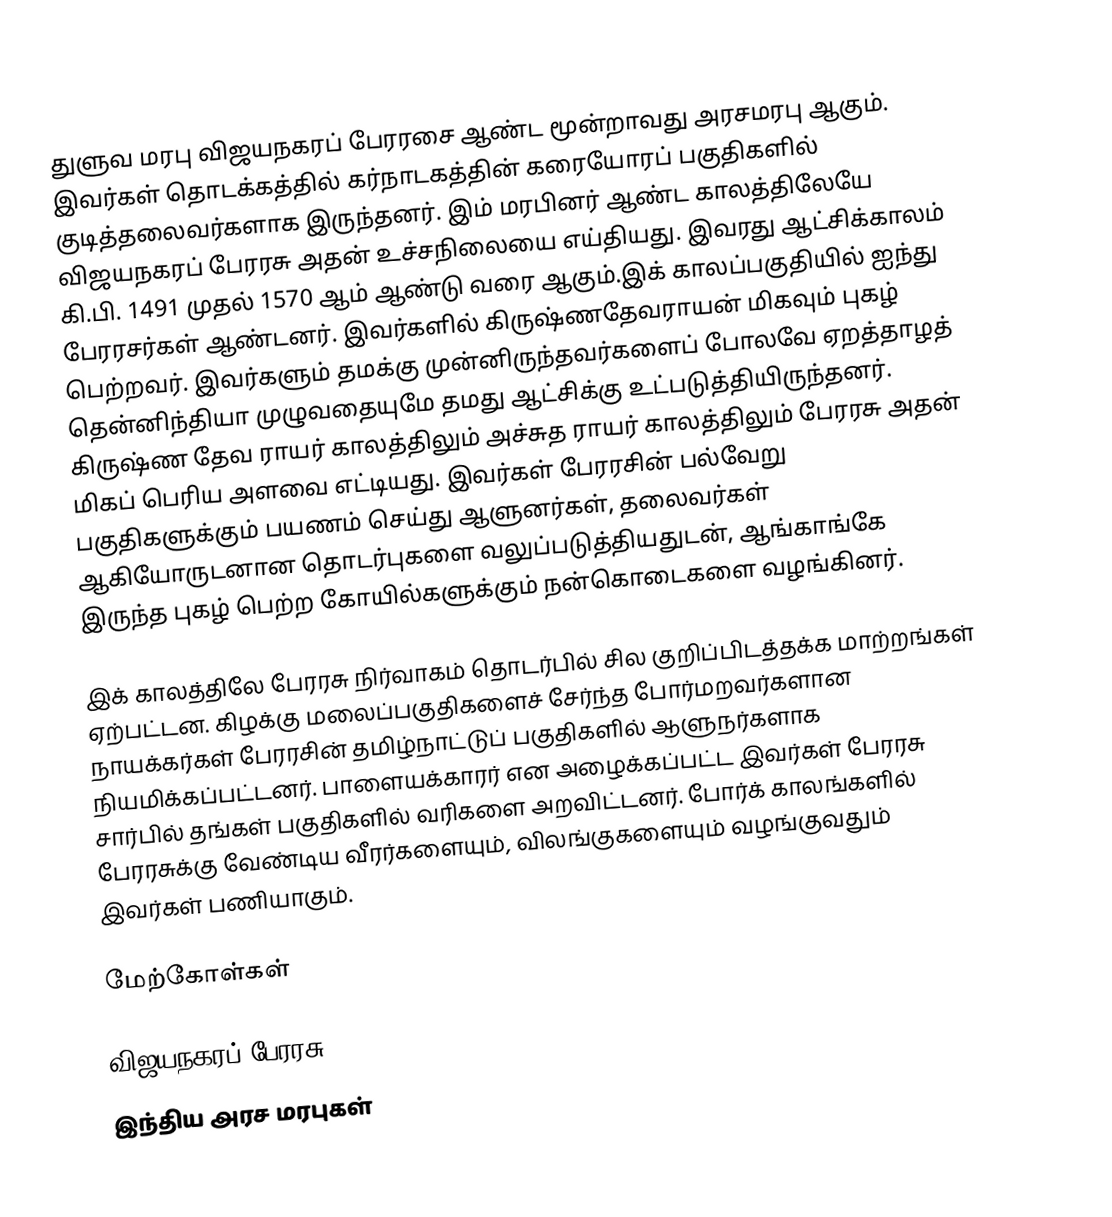
துளுவ மரபு விஜயநகரப் பேரரசை ஆண்ட மூன்றாவது அரசமரபு ஆகும். இவர்கள் தொடக்கத்தில் கர்நாடகத்தின் கரையோரப் பகுதிகளில் குடித்தலைவர்களாக இருந்தனர். இம் மரபினர் ஆண்ட காலத்திலேயே விஜயநகரப் பேரரசு அதன் உச்சநிலையை எய்தியது. இவரது ஆட்சிக்காலம் கி.பி. 1491 முதல் 1570 ஆம் ஆண்டு வரை ஆகும்.இக் காலப்பகுதியில் ஐந்து பேரரசர்கள் ஆண்டனர். இவர்களில் கிருஷ்ணதேவராயன் மிகவும் புகழ் பெற்றவர். இவர்களும் தமக்கு முன்னிருந்தவர்களைப் போலவே ஏறத்தாழத் தென்னிந்தியா முழுவதையுமே தமது ஆட்சிக்கு உட்படுத்தியிருந்தனர். கிருஷ்ண தேவ ராயர் காலத்திலும் அச்சுத ராயர் காலத்திலும் பேரரசு அதன் மிகப் பெரிய அளவை எட்டியது. இவர்கள் பேரரசின் பல்வேறு பகுதிகளுக்கும் பயணம் செய்து ஆளுனர்கள், தலைவர்கள் ஆகியோருடனான தொடர்புகளை வலுப்படுத்தியதுடன், ஆங்காங்கே இருந்த புகழ் பெற்ற கோயில்களுக்கும் நன்கொடைகளை வழங்கினர்.

இக் காலத்திலே பேரரசு நிர்வாகம் தொடர்பில் சில குறிப்பிடத்தக்க மாற்றங்கள் ஏற்பட்டன. கிழக்கு மலைப்பகுதிகளைச் சேர்ந்த போர்மறவர்களான நாயக்கர்கள் பேரரசின் தமிழ்நாட்டுப் பகுதிகளில் ஆளுநர்களாக நியமிக்கப்பட்டனர். பாளையக்காரர் என அழைக்கப்பட்ட இவர்கள் பேரரசு சார்பில் தங்கள் பகுதிகளில் வரிகளை அறவிட்டனர். போர்க் காலங்களில் பேரரசுக்கு வேண்டிய வீரர்களையும், விலங்குகளையும் வழங்குவதும் இவர்கள் பணியாகும்.

மேற்கோள்கள்

விஜயநகரப் பேரரசு
இந்திய அரச மரபுகள்